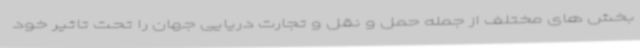
بخش های مختلف از جمله حمل و نقل و تجارت دریایی جهان را تحت تاثیر خود